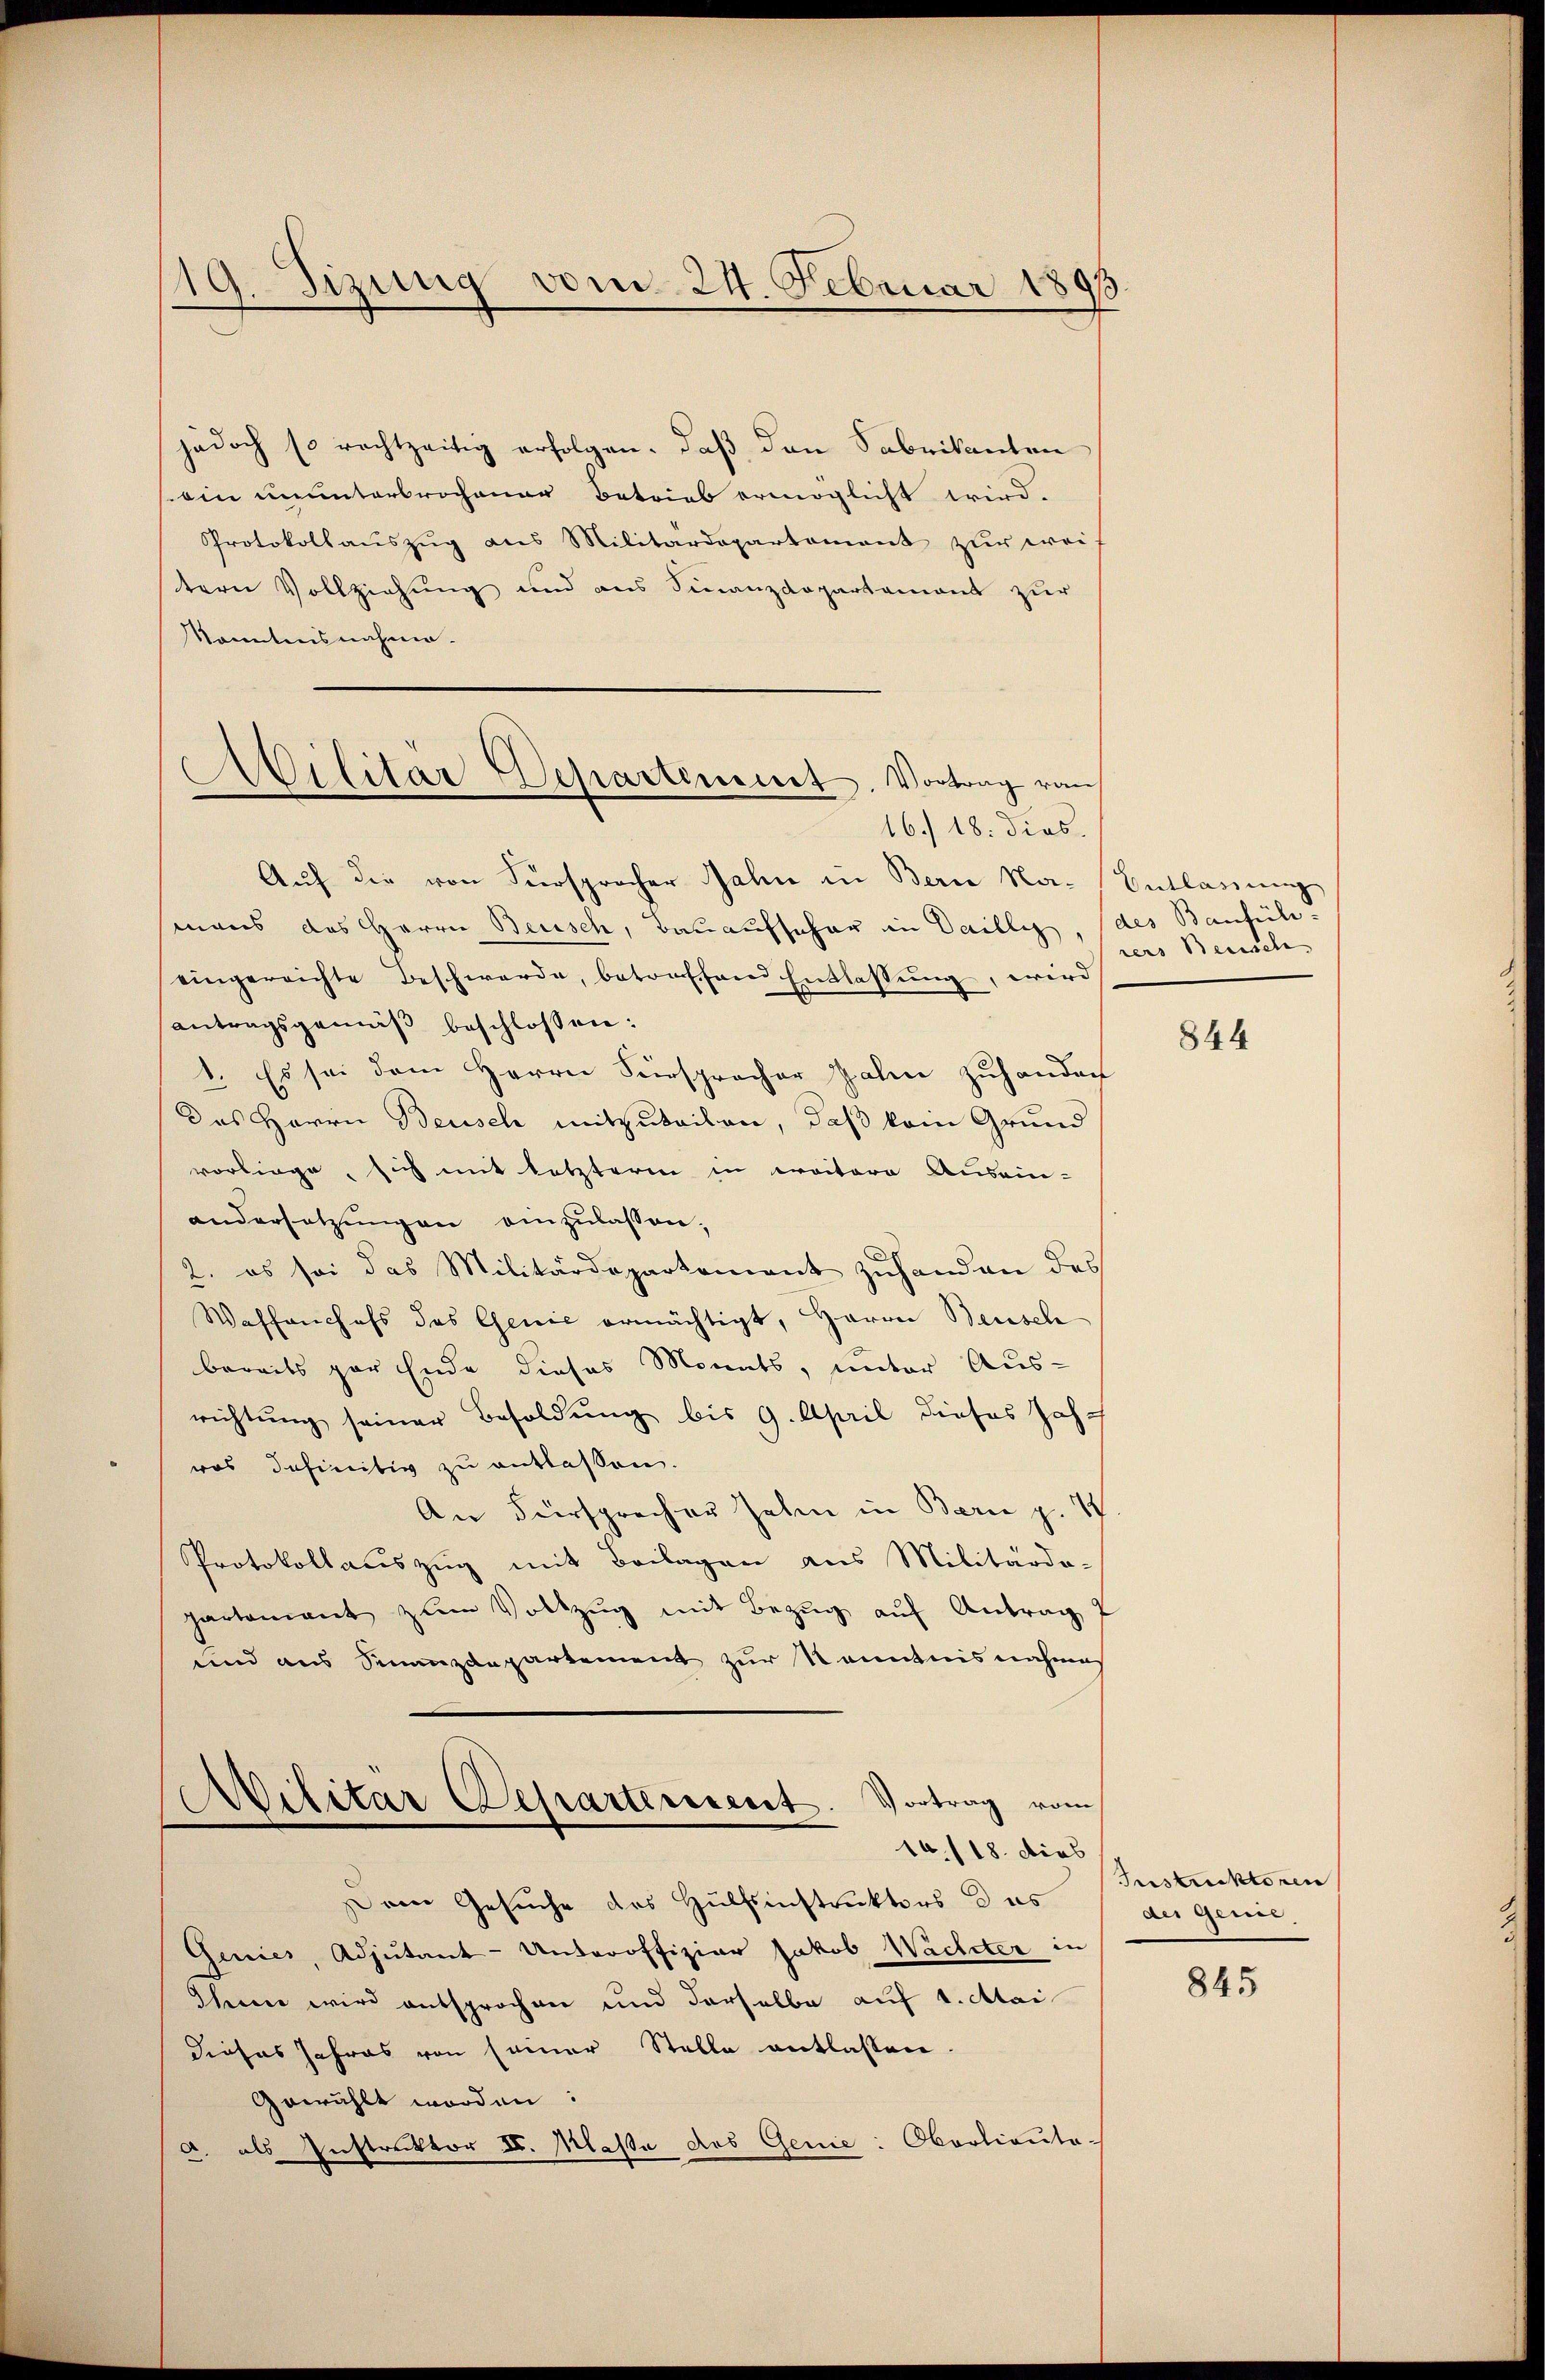
19. Fizung vom 24. Februar 1893

jedoch so rechtzeitig erfolgen, daß den Sabrikanten
in ununterbrochener Betrieb ermöglicht wird.
Protokollaŭszŭg ans Militärdepartement zŭr wei
tern Vollziehung und aus Finanzdepartament zur
Konntnisnahme.
16. 18. dies.
Auf die von Fürsprocher Jahn in Bern Namans das Herrn Beisch, Bauaufscher in Daillig, des Baufüheingereichte Beschwerde, betroffend Entlassŭng, wird
antragsgemäß beschlossen:
1. Es sei dem Herrn Fürspracher Zahn zuhander
Das Herrn Beusch mitzuteilen, daß kein Grund
vorliege, sich mit letzterm in erritore Ausein-
andersetzungen einzulassen.
2. es sei das Militärdepartement zuhanden des
Waffenchefs des Genić ermächtigt, Herrn Beusch
bereits par Ende dieses Monats, unter Aus-
richtung seiner Besoldung bis 9. April dieses Jahr
ras definitiv zu entlassen.
An Fürsprecher Zehen in Bern p. 1
Protokollauszug mit Beilagen aus Militärda-
partament zŭm Vollzŭg mit Bezŭg aŭf Antrag
und aus Sinanzdepartement zur Kenntnis nahmes
Ailitär Departement. Vortrag vom
10./18. dies
Dem Gesuche des Hülfsinstruktors das
Genies, Adjutant-Unteroffiziar Jakob Wachter in
Ihnen wird entsprochen und derselbe auf 1. Mai
dieses Jahres von seiner Stelle entlassen.
Gewählt worden:
a. als Instruktor II. Maße das Genie: Oberlieute¬

Militär Departement. Vortrag von

Entlassung
rers Benisch

844

Instrektoren
der Genie

845